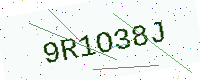
Text: 9R1O38J